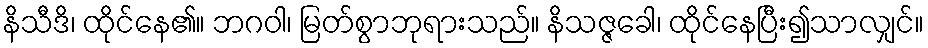
နိသီဒိ၊ ထိုင်နေ၏။ ဘဂဝါ၊ မြတ်စွာဘုရားသည်။ နိသဇ္ဇခေါ၊ ထိုင်နေပြီး၍သာလျှင်။